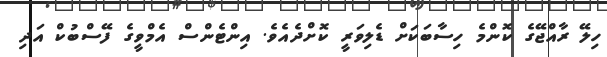
ހިލޭ ރާއްޖޭގެ ކޮންމެ ހިސާބަކަށް ޑެލިވަރީ ކޮށްދެއެވެ. އިންޓެންސް އެމްވީގެ ފޭސްބުކް އަދި